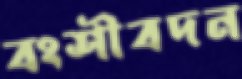
বংশীবদন